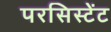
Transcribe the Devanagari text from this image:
परसिस्टेंट